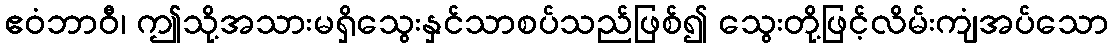
ဧဝံဘာဝီ၊ ဤသို့အသားမရှိသွေးနှင်သာစပ်သည်ဖြစ်၍ သွေးတို့ဖြင့်လိမ်းကျံအပ်သော